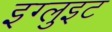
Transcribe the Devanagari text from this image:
इग्लुइट